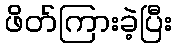
ဖိတ်ကြားခဲ့ပြီး